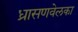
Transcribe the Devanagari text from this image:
ध्रासणवेलका